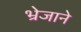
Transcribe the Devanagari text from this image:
भ्रेजाने